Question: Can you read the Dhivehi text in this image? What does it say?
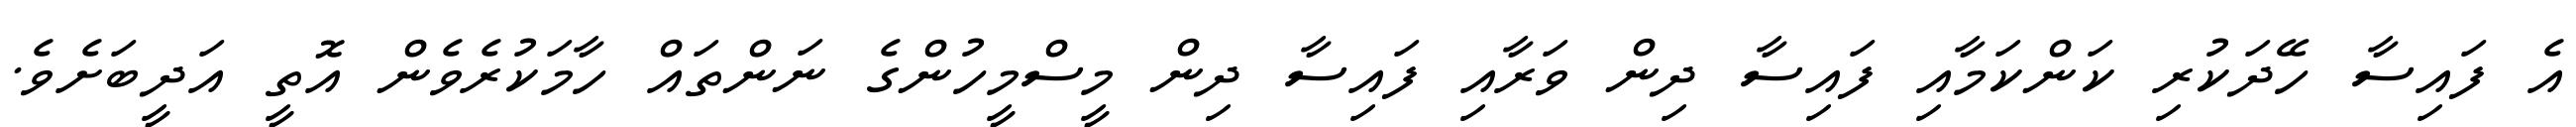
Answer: އެ ފައިސާ ހޭދަކުރި ކަންކަމާއި ފައިސާ ދިން ވަރާއި ފައިސާ ދިން މީސްމީހުންގެ ނަންތައް ހާމަކުރެވެން އޮތީ އަދީބަށެވެ.